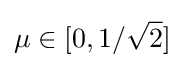
\mu \in [0,1/{\sqrt {2}}]